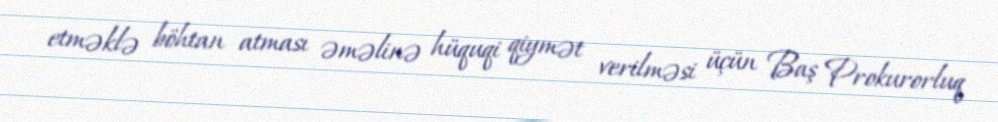
etməklə böhtan atması əməlinə hüquqi qiymət verilməsi üçün Baş Prokurorluq